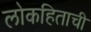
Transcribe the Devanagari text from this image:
लोकहिताची